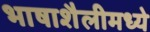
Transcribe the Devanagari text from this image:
भाषाशैलीमध्ये